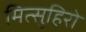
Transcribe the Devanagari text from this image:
मित्सुहिरो